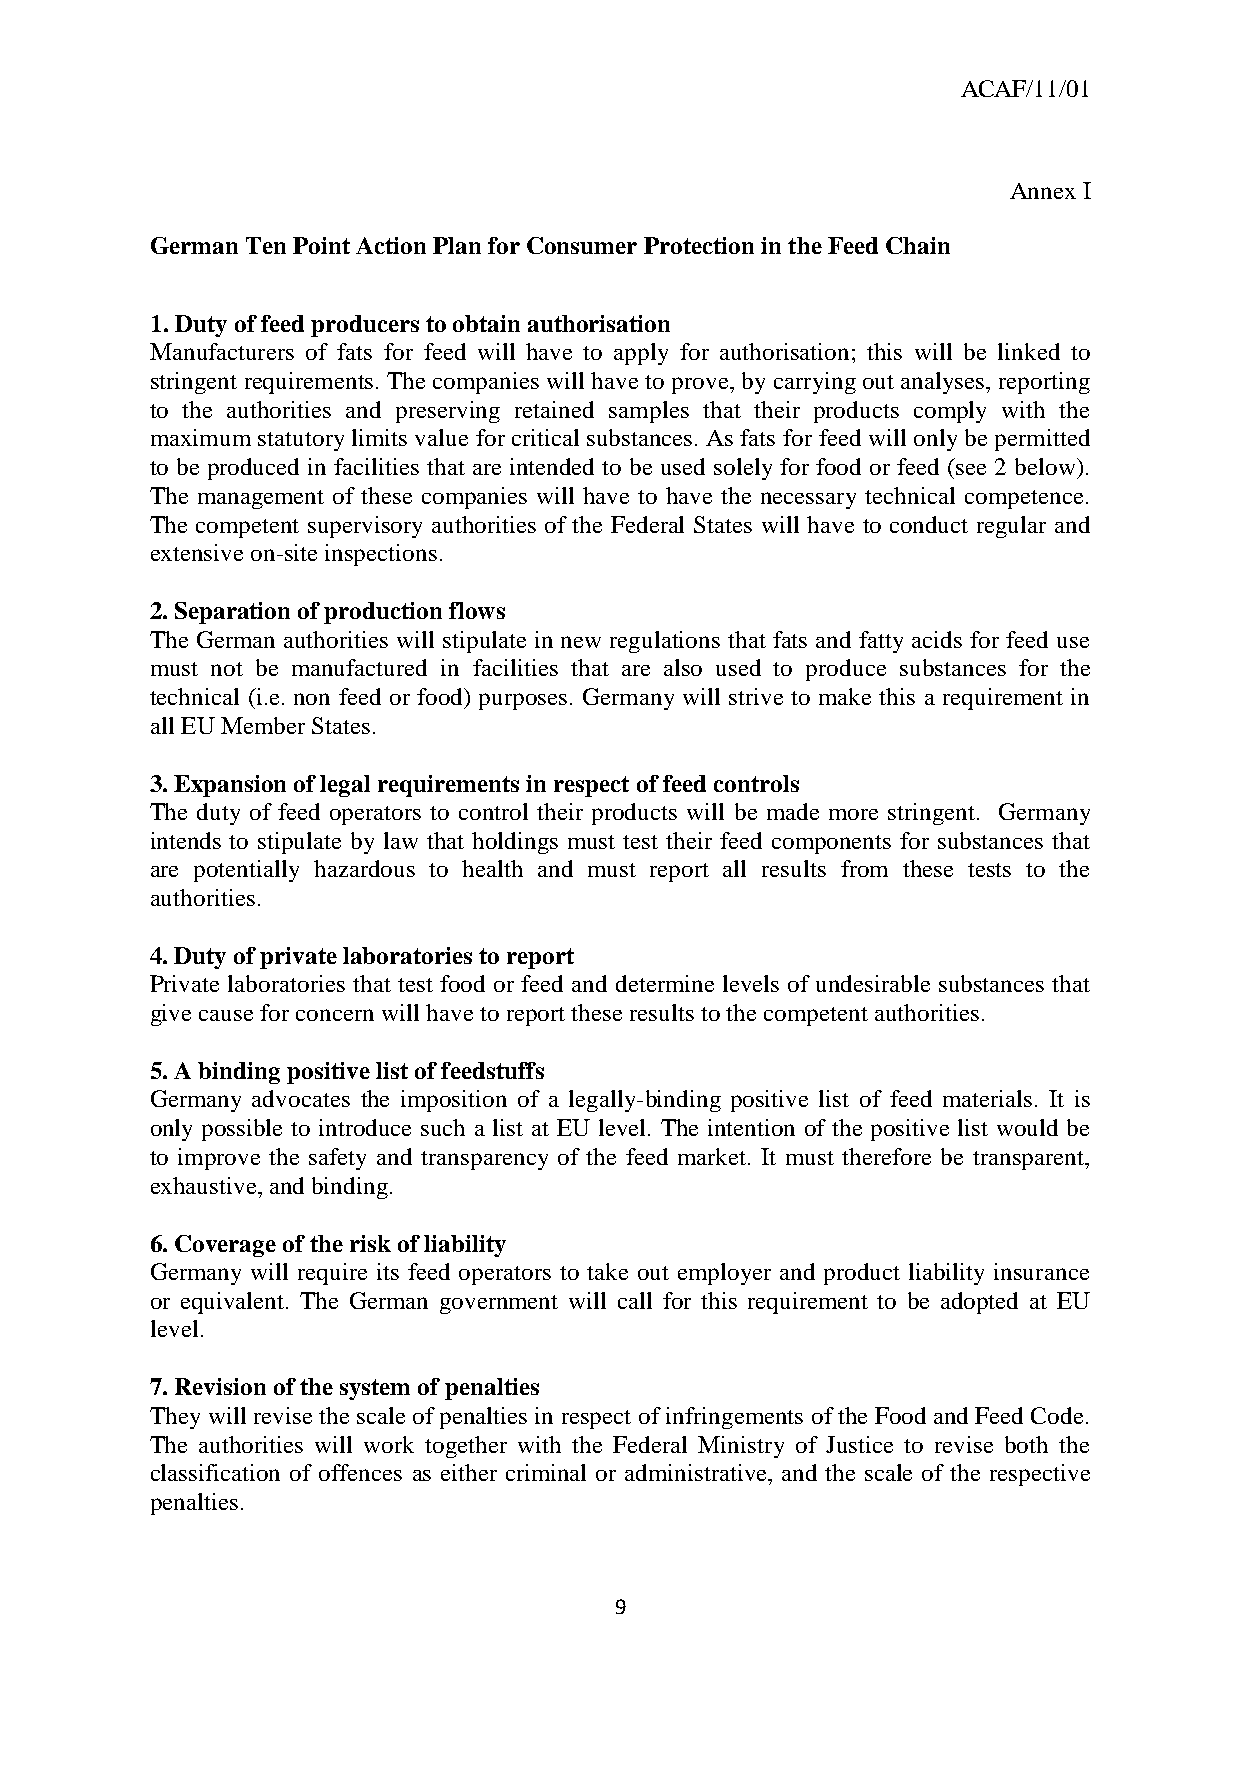
ACAF/11/01
 Annex I
 German Ten Point Action Plan for Consumer Protection in the Feed Chain
 1. Duty of feed producers to obtain authorisation
 Manufacturers of fats for feed will have to apply for authorisation; this will be linked to
 stringent requirements. The companies will have to prove, by carrying out analyses, reporting
 to the authorities and preserving retained samples that their products comply with the
 maximum statutory limits value for critical substances. As fats for feed will only be permitted
 to be produced in facilities that are intended to be used solely for food or feed (see 2 below).
 The management of these companies will have to have the necessary technical competence.
 The competent supervisory authorities of the Federal States will have to conduct regular and
 extensive on-site inspections.
 2. Separation of production flows
 The German authorities will stipulate in new regulations that fats and fatty acids for feed use
 must not be manufactured in facilities that are also used to produce substances for the
 technical (i.e. non feed or food) purposes. Germany will strive to make this a requirement in
 all EU Member States.
 3. Expansion of legal requirements in respect of feed controls
 The duty of feed operators to control their products will be made more stringent. Germany
 intends to stipulate by law that holdings must test their feed components for substances that
 are potentially hazardous to health and must report all results from these tests to the
 authorities.
 4. Duty of private laboratories to report
 Private laboratories that test food or feed and determine levels of undesirable substances that
 give cause for concern will have to report these results to the competent authorities.
 5. A binding positive list of feedstuffs
 Germany advocates the imposition of a legally-binding positive list of feed materials. It is
 only possible to introduce such a list at EU level. The intention of the positive list would be
 to improve the safety and transparency of the feed market. It must therefore be transparent,
 exhaustive, and binding.
 6. Coverage of the risk of liability
 Germany will require its feed operators to take out employer and product liability insurance
 or equivalent. The German government will call for this requirement to be adopted at EU
 level.
 7. Revision of the system of penalties
 They will revise the scale of penalties in respect of infringements of the Food and Feed Code.
 The authorities will work together with the Federal Ministry of Justice to revise both the
 classification of offences as either criminal or administrative, and the scale of the respective
 penalties.
 9